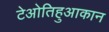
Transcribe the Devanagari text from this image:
टेओतिहुआकान